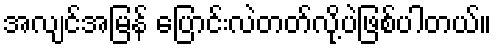
အလျင်အမြန် ပြောင်းလဲတတ်လို့ပဲဖြစ်ပါတယ်။